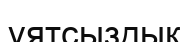
ұятсыздық